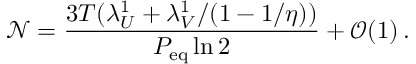
\mathcal { N } = \frac { 3 T ( \lambda _ { U } ^ { 1 } + \lambda _ { V } ^ { 1 } / ( 1 - 1 / \eta ) ) } { P _ { \mathrm { e q } } \ln 2 } + \mathcal { O } ( 1 ) \, .